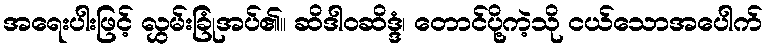
အရေးပါးဖြင့် လွှမ်းခြုံအပ်၏။ ဆိဒါဝဆိဒ္ဒံ၊ တောင်ပို့ကဲ့သို ငယ်သောအပေါက်